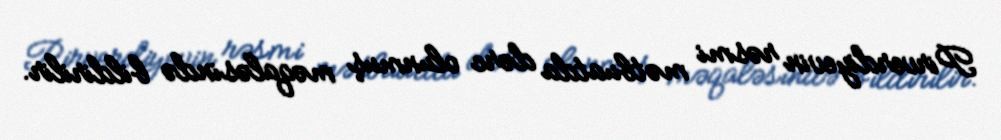
Pirverdiyevin rəsmi mətbuatda dərc olunmuş məqaləsində bildirilir.